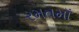
રમતમાઁ